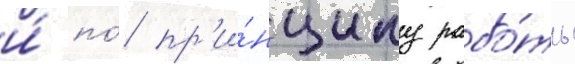
и́ по́ пр'и́нципу рабо́ты